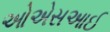
ઓએસઆઈ